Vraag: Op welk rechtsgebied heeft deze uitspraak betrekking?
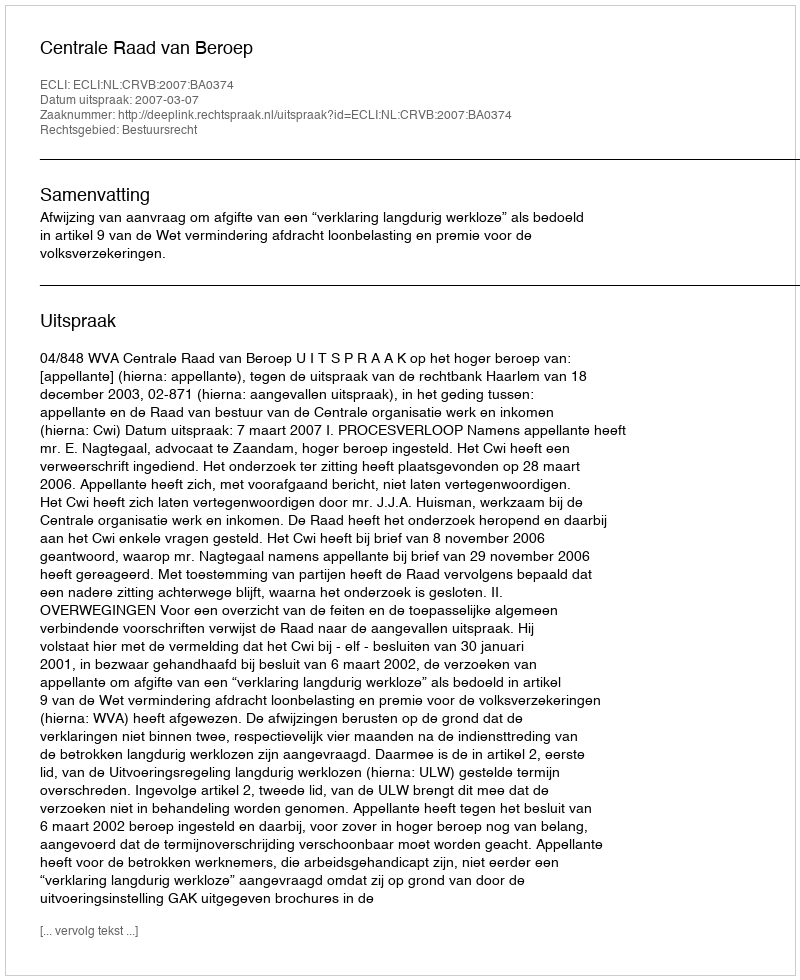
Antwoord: Bestuursrecht